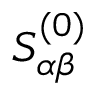
S _ { \alpha \beta } ^ { ( 0 ) }